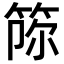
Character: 𥭫